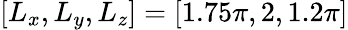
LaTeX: [L_{x},L_{y},L_{z}]=[1.75\pi,2,1.2\pi]